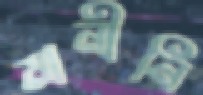
মানীনি